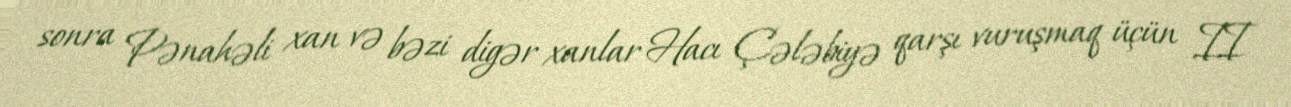
sonra Pənahəli xan və bəzi digər xanlar Hacı Çələbiyə qarşı vuruşmaq üçün II